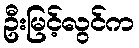
ဦးမြင့်လွင်က